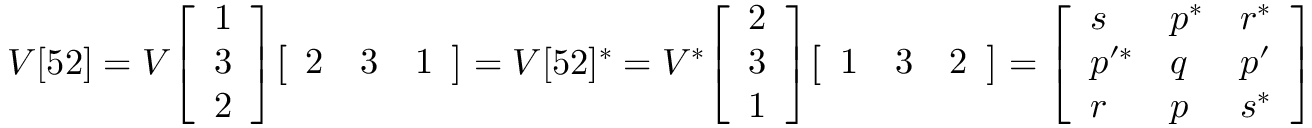
V [ 5 2 ] = V { \left[ \begin{array} { l } { 1 } \\ { 3 } \\ { 2 } \end{array} \right] } { \left[ \begin{array} { l l l } { 2 } & { 3 } & { 1 } \end{array} \right] } = V [ 5 2 ] ^ { * } = V ^ { * } { \left[ \begin{array} { l } { 2 } \\ { 3 } \\ { 1 } \end{array} \right] } { \left[ \begin{array} { l l l } { 1 } & { 3 } & { 2 } \end{array} \right] } = { \left[ \begin{array} { l l l } { s } & { p ^ { * } } & { r ^ { * } } \\ { p ^ { \prime * } } & { q } & { p ^ { \prime } } \\ { r } & { p } & { s ^ { * } } \end{array} \right] }